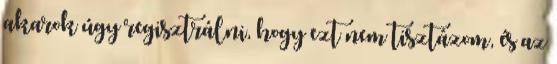
akarok úgy regisztrálni, hogy ezt nem tisztázom, és az